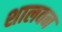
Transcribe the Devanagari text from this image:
शालवन